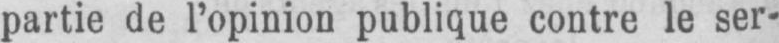
partie de l’opinion publique contre le ser-